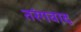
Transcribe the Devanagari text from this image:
तरंगवाद